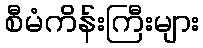
စီမံကိန်းကြီးများ